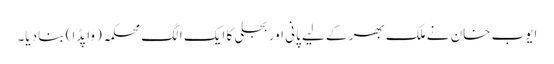
ایوب خان نے ملک بھر کے لیے پانی اور بجلی کا ایک الگ محکمہ (واپڈا) بنا دیا۔